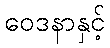
ဝေဒနာနှင့်